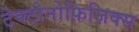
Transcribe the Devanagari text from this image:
टेक्टोनोफ़िज़िक्स